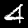
Digit: 4